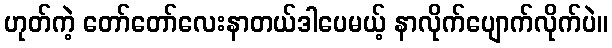
ဟုတ်ကဲ့ တော်တော်လေးနာတယ်ဒါပေမယ့် နာလိုက်ပျောက်လိုက်ပဲ။